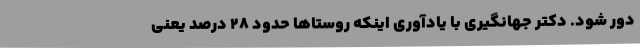
دور شود. دکتر جهانگیری با یادآوری اینکه روستاها حدود ۲۸ درصد یعنی